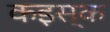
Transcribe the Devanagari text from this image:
कइस्क